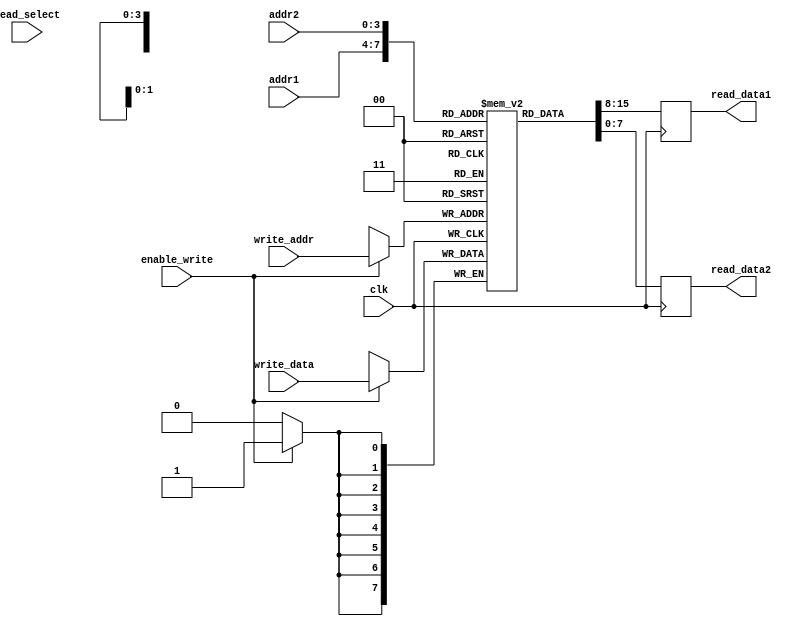
module memory_blocks(
    input wire clk,
    input wire [7:0] write_data,
    input wire [3:0] addr1,
    input wire [3:0] addr2,
    input wire [3:0] write_addr,
    input wire enable_write,
    input wire [1:0] read_select,
    output reg [7:0] read_data1,
    output reg [7:0] read_data2
);

reg [7:0] memory_block [15:0];

always @ (posedge clk) begin
    if (enable_write) begin
        memory_block[write_addr] <= write_data;
    end
    
    read_data1 <= memory_block[addr1];
    read_data2 <= memory_block[addr2];
end

endmodule